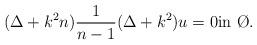
LaTeX: \begin{align*}(\Delta +k^2n)\frac{1}{n-1}(\Delta+k^2)u=0 &\mbox{in }\O.\end{align*}